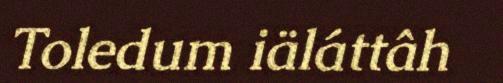
Toledum iäláttâh